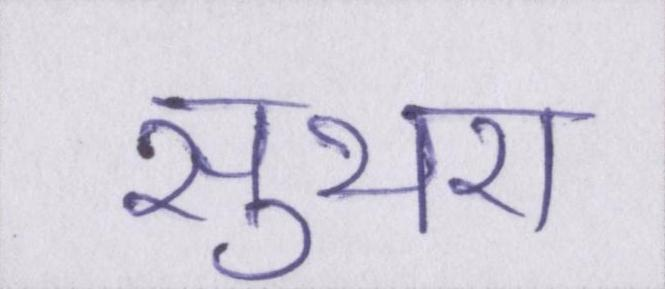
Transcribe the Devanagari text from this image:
सुथरा